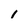
Character: 1